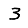
Digit: 3